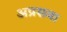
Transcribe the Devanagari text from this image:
अप्रसवा